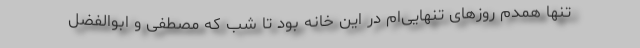
تنها همدم روزهای تنهایی‌ام در این خانه بود تا شب که مصطفی و ابوالفضل